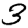
Digit: 3